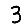
Digit: 3